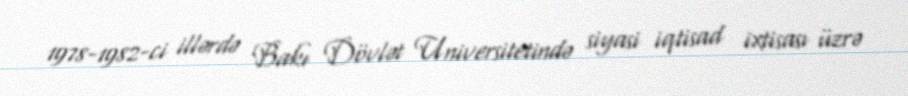
1978-1982-ci illərdə Bakı Dövlət Universitetində siyasi iqtisad ixtisası üzrə